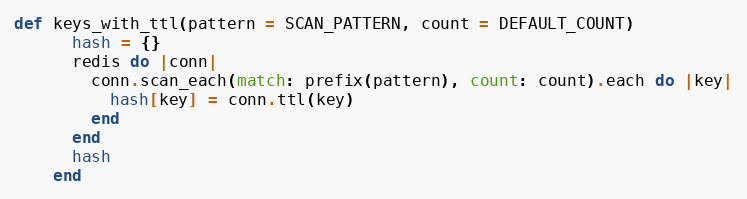
Language: Ruby
def keys_with_ttl(pattern = SCAN_PATTERN, count = DEFAULT_COUNT)
      hash = {}
      redis do |conn|
        conn.scan_each(match: prefix(pattern), count: count).each do |key|
          hash[key] = conn.ttl(key)
        end
      end
      hash
    end